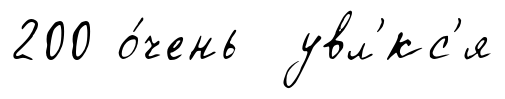
200 о́чень увл'́кс'я